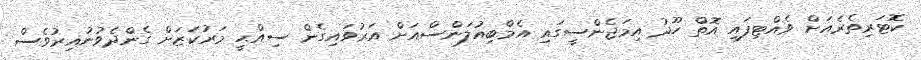
ކޮޓަރިތެރެއަށް ވެއްޓިފައި އޮތް ހޫދު އިމަޖެންސީގައި އެމްބިއުލަންސްއަށް އަރުވައިގެން ސިއްޙީ މަރުކަޒަށް ގެންދެވުނުއިރުވެސް